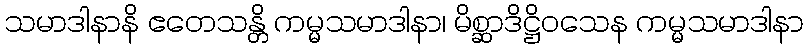
သမာဒါနာနိ ဧတေသန္တိ ကမ္မသမာဒါနာ၊ မိစ္ဆာဒိဋ္ဌိဝသေန ကမ္မသမာဒါနာ